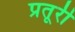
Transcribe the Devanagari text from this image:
प्रतूरी